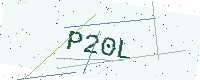
Text: P20L